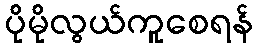
ပိုမိုလွယ်ကူစေရန်